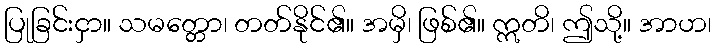
ပြုခြင်းငှာ။ သမတ္တော၊ တတ်နိုင်၏။ အမှိ၊ ဖြစ်၏။ ဣတိ၊ ဤသို့။ အာဟ၊